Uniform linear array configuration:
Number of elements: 32
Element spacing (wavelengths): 0.25
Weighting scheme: cosine
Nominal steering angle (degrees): -60
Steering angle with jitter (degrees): -61.545
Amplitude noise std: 0.05
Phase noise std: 0.05

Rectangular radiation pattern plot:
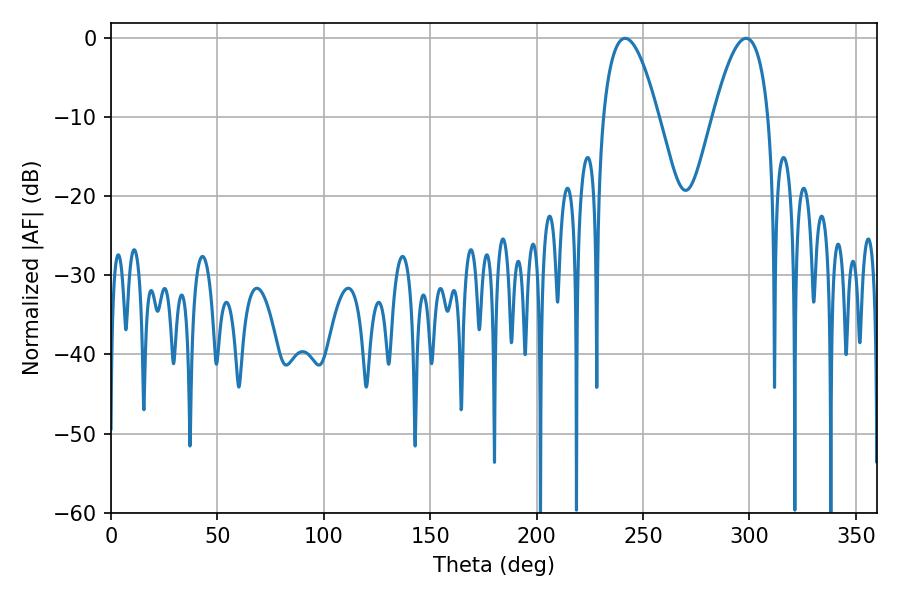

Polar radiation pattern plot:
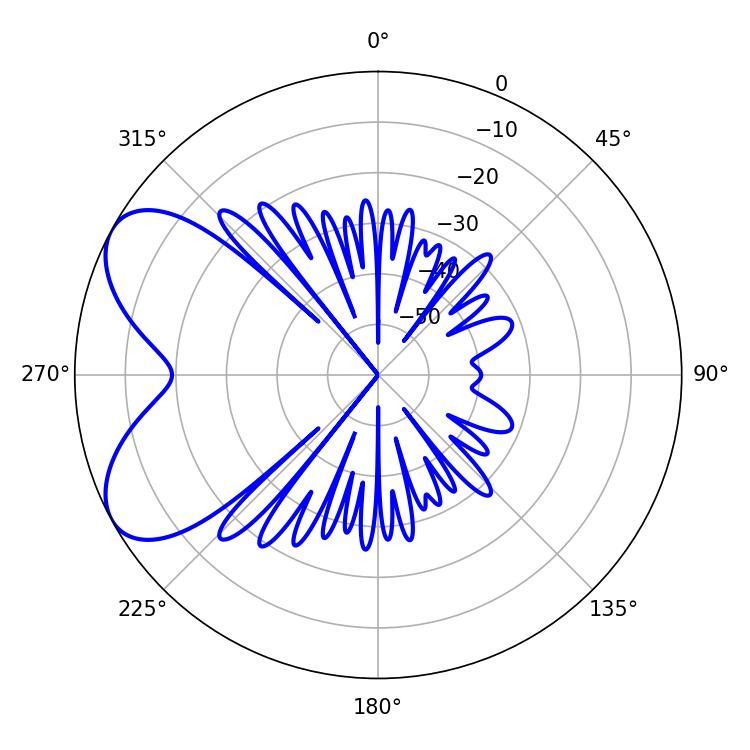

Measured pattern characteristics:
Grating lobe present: FALSE
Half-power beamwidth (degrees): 14.22
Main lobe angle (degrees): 241.56